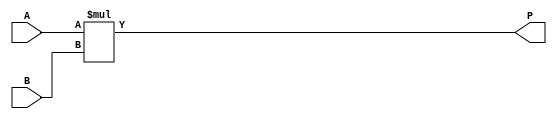

/*
The designers:

Ahmet Can Mert <ahmetcanmert@sabanciuniv.edu>
Ferhat Yaman <ferhatyaman@sabanciuniv.edu>

To the extent possible under law, the implementer has waived all copyright
and related or neighboring rights to the source code in this file.
http://creativecommons.org/publicdomain/zero/1.0/
*/

module intmul(input [11:0] A,B,
              output[23:0] P);

(* use_dsp = "yes" *) reg [23:0] P_DSP;

always @* P_DSP = A*B;

assign P = P_DSP;

endmodule